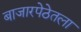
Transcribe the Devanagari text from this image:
बाजारपेठेतला